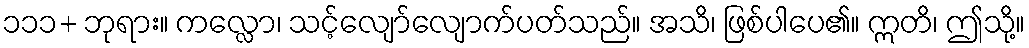
၁၁၁+ ဘုရား။ ကလ္လော၊ သင့်လျော်လျောက်ပတ်သည်။ အသိ၊ ဖြစ်ပါပေ၏။ ဣတိ၊ ဤသို့။